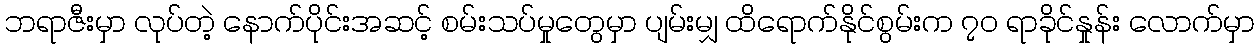
ဘရာဇီးမှာ လုပ်တဲ့ နောက်ပိုင်းအဆင့် စမ်းသပ်မှုတွေမှာ ပျမ်းမျှ ထိရောက်နိုင်စွမ်းက ၇၀ ရာခိုင်နှုန်း လောက်မှာ